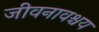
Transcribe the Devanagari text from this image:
जीवनावश्चय